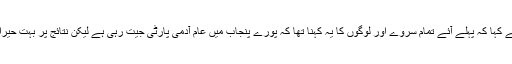
وزیر اعلیٰ نے کہا کہ پہلے آئے تمام سروے اور لوگوں کا یہ کہنا تھا کہ پورے پنجاب میں عام آدمی پارٹی جیت رہی ہے لیکن نتائج پر بہت حیرانی ہوئی ہے۔